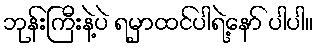
ဘုန်းကြီးနဲ့ပဲ ရမှာထင်ပါရဲ့နော် ပါပါ။